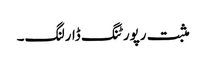
مثبت رپورٹنگ ڈارلنگ۔